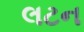
લટન